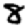
Digit: 8